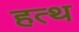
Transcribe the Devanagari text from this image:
हत्थ